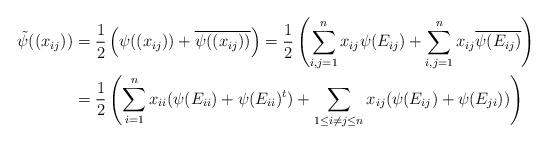
LaTeX: \begin{align*}\tilde{\psi}((x_{ij}))&=\frac{1}{2}\left(\psi((x_{ij})) +\overline{\psi((x_{ij}))} \right)=\frac{1}{2}\left(\sum_{i,j=1}^{n}x_{ij}\psi(E_{ij}) +\sum_{i,j=1}^{n}x_{ij}\overline{\psi(E_{ij})} \right)\\&=\frac{1}{2}\left(\sum_{i=1}^{n}x_{ii}(\psi(E_{ii})+\psi(E_{ii})^{t})+\sum_{1\leq i\neq j \leq n}x_{ij}(\psi(E_{ij}) + \psi(E_{ji}))\right)\end{align*}